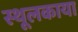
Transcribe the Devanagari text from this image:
स्थूलकाया